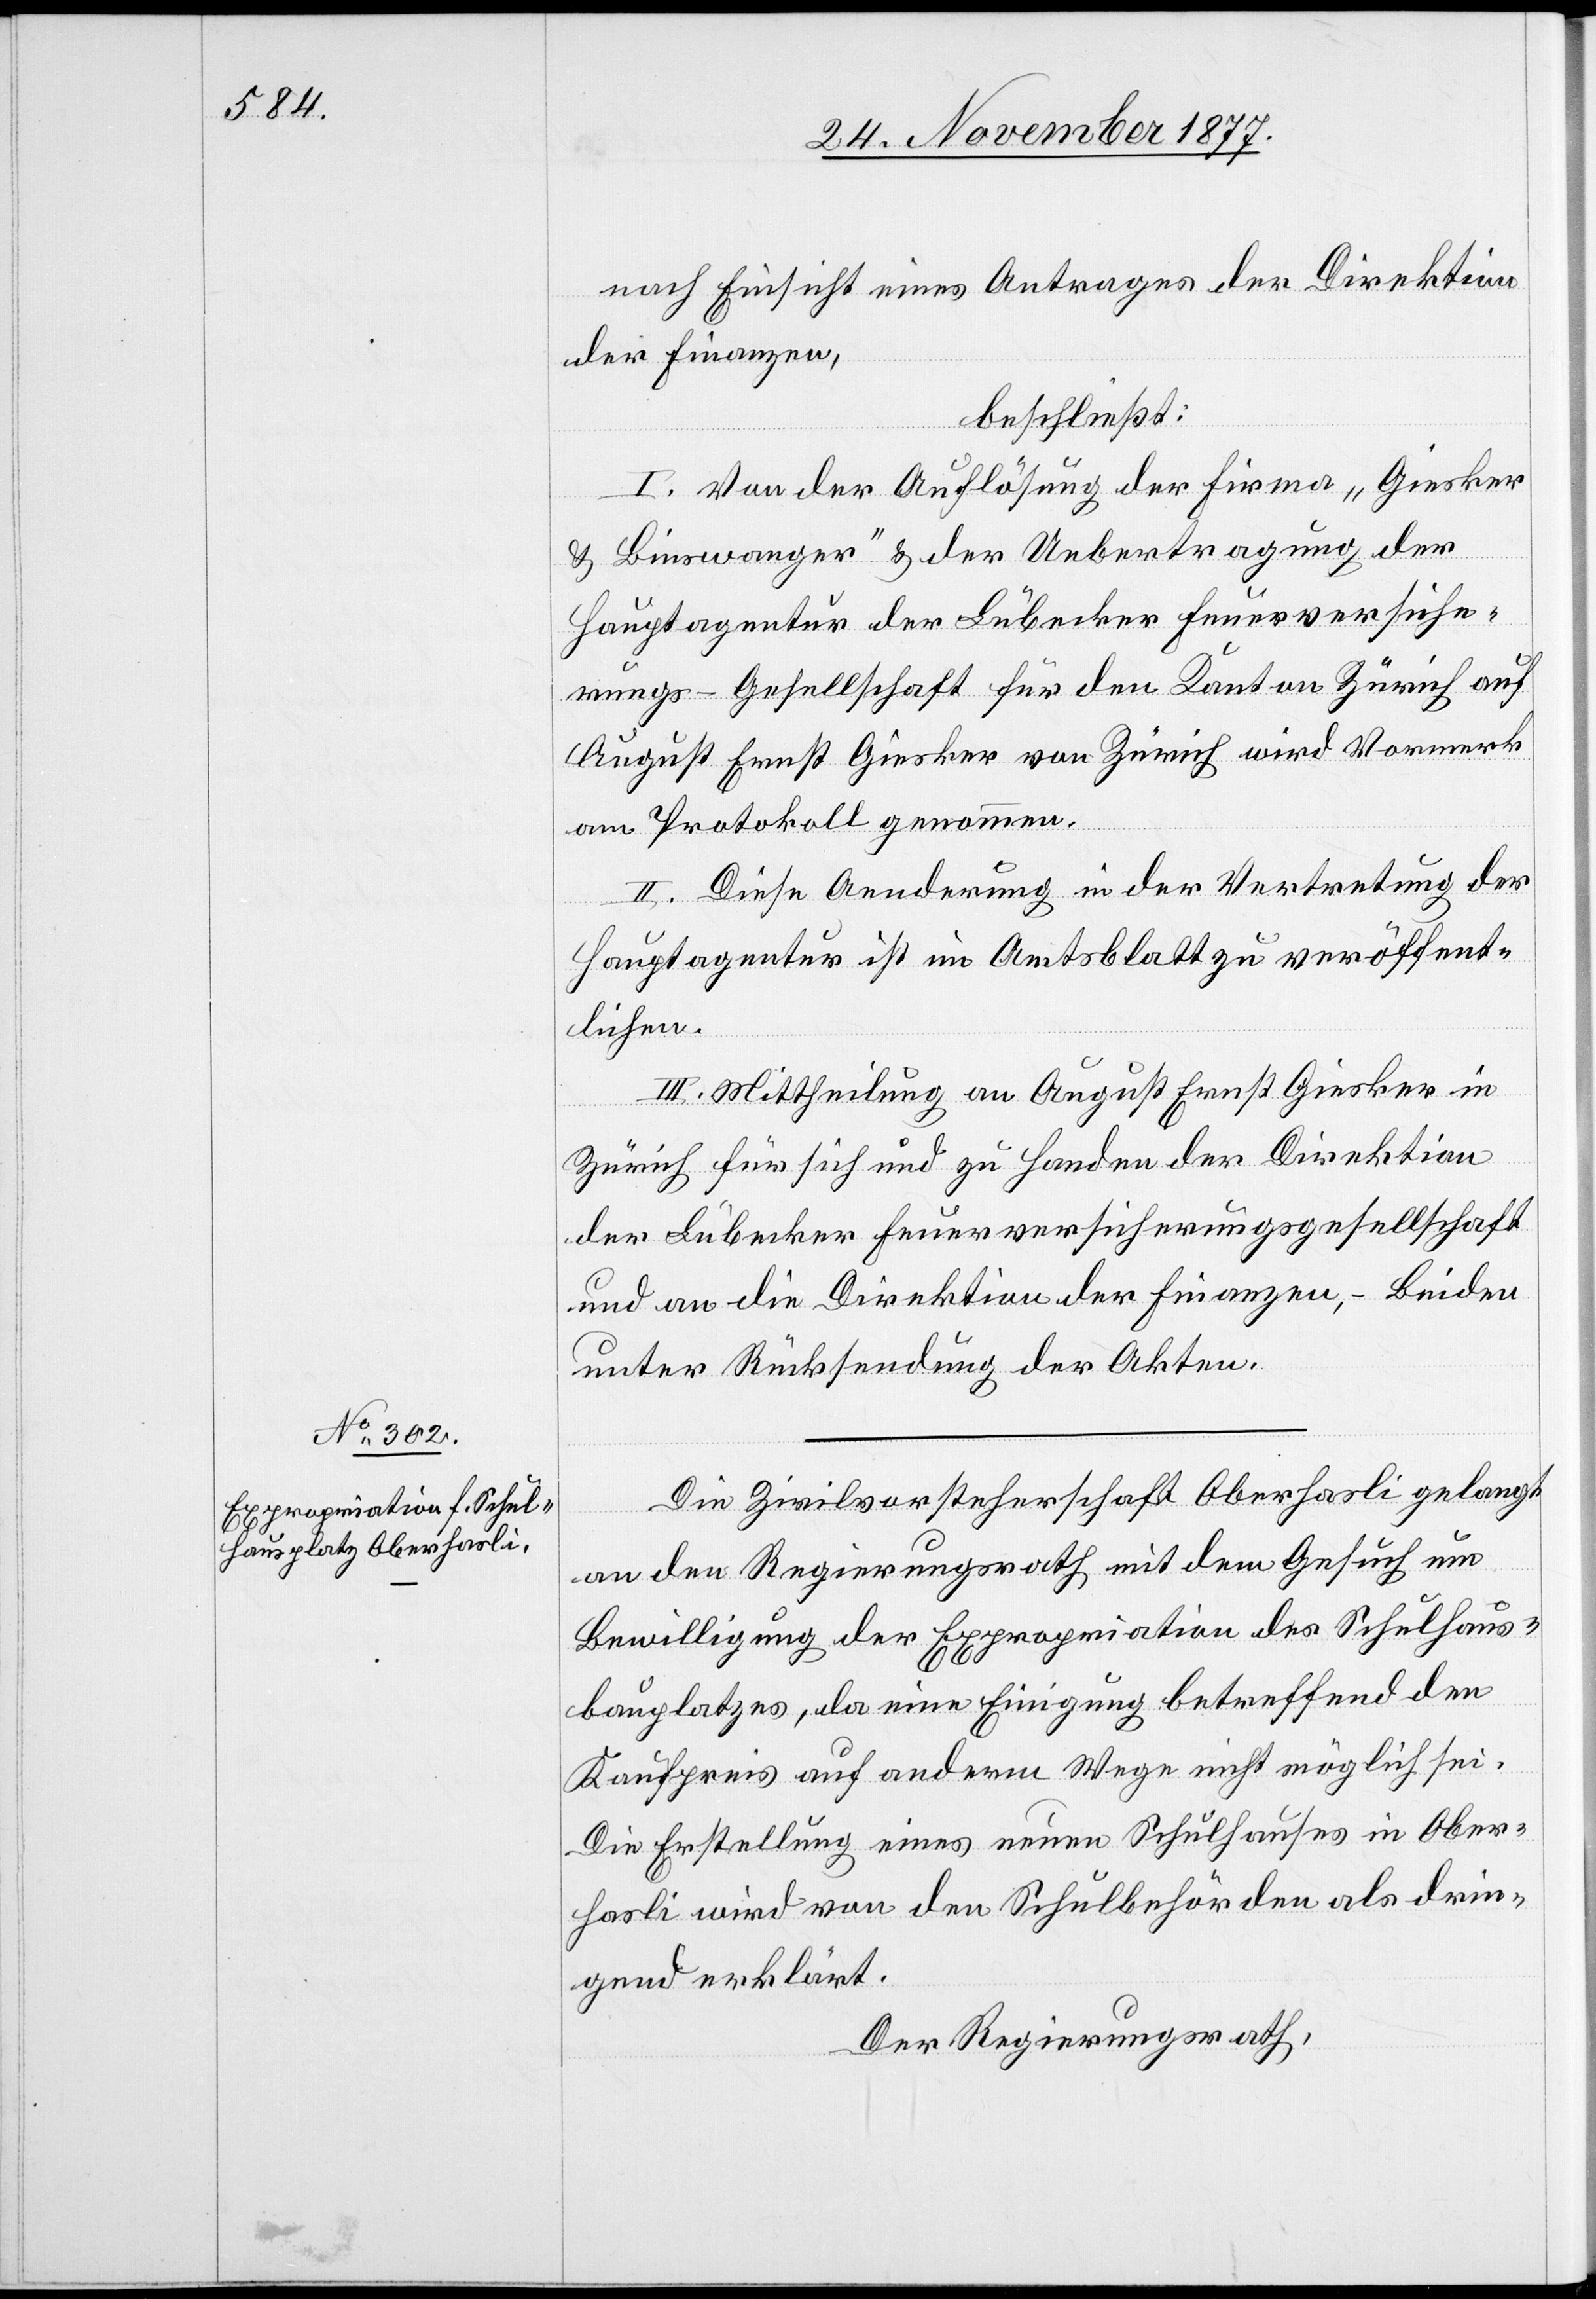
nach Einsicht eines Antrages der Direktion
der Finanzen,
beschließt:
I. Von der Auflösung der Firma „Giesker
& Binswanger“ & der Uebertragung der
Hauptagentur der Lübecker Feuerversiche¬
rungs-Gesellschaft für den Kanton Zürich auf
August Ernst Giesker von Zürich wird Vormerk
am Protokoll genommen.
II. Diese Aenderung in der Vertretung der
Hauptagentur ist im Amtsblatt zu veröffent¬
lichen.
III. Mittheilung an August Ernst Giesker in
Zürich für sich und zu Handen der Direktion
der Lübecker Feuerversicherungsgesellschaft
und an die Direktion der Finanzen, – Beiden
unter Rücksendung der Akten.
Die Zivilvorsteherschaft Oberhasli gelangt
an den Regierungsrath mit dem Gesuch um
Bewilligung der Expropriation des Schulhaus¬
bauplatzes, da eine Einigung betreffend den
Kaufpreis auf anderm Wege nicht möglich sei.
Die Erstellung eines neuen Schulhauses in Ober¬
hasli wird von den Schulbehörden als drin¬
gend erklärt.
Der Regierungsrath,